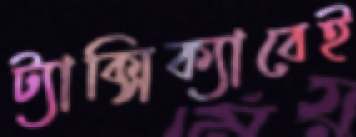
ট্যাক্সিক্যাবেই